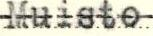
Muisto